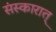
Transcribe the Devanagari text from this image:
संस्कारात्